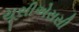
યૂસીએસસી